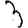
Digit: 3